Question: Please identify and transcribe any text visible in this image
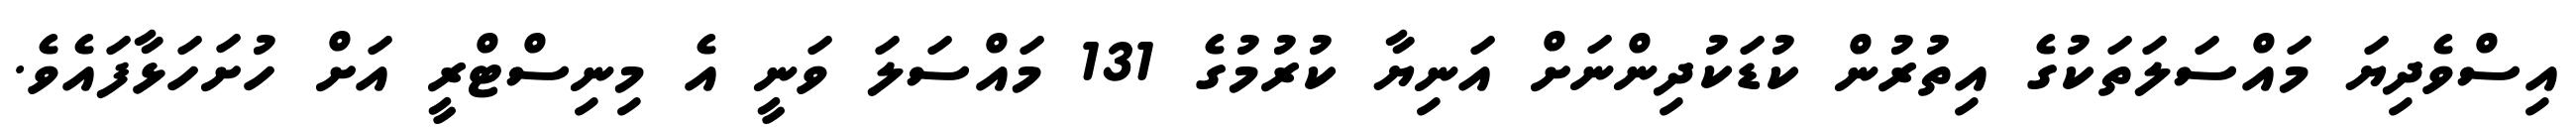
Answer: އިސްވެދިޔަ މައްސަލަތަކުގެ އިތުރުން ކުޑަކުދިންނަށް އަނިޔާ ކުރުމުގެ 131 މައްސަލަ ވަނީ އެ މިނިސްޓްރީ އަށް ހުށަހަޅާފައެވެ.